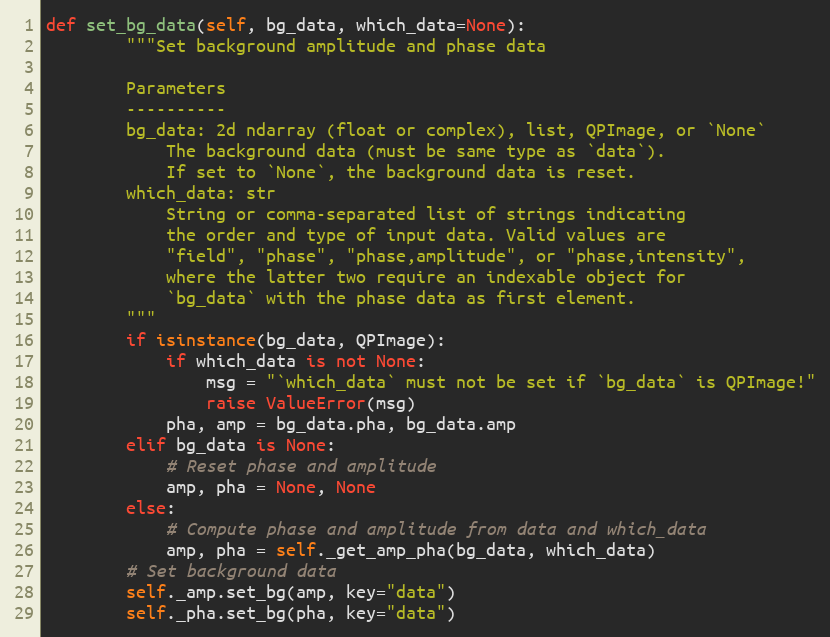
Language: Python
def set_bg_data(self, bg_data, which_data=None):
        """Set background amplitude and phase data

        Parameters
        ----------
        bg_data: 2d ndarray (float or complex), list, QPImage, or `None`
            The background data (must be same type as `data`).
            If set to `None`, the background data is reset.
        which_data: str
            String or comma-separated list of strings indicating
            the order and type of input data. Valid values are
            "field", "phase", "phase,amplitude", or "phase,intensity",
            where the latter two require an indexable object for
            `bg_data` with the phase data as first element.
        """
        if isinstance(bg_data, QPImage):
            if which_data is not None:
                msg = "`which_data` must not be set if `bg_data` is QPImage!"
                raise ValueError(msg)
            pha, amp = bg_data.pha, bg_data.amp
        elif bg_data is None:
            # Reset phase and amplitude
            amp, pha = None, None
        else:
            # Compute phase and amplitude from data and which_data
            amp, pha = self._get_amp_pha(bg_data, which_data)
        # Set background data
        self._amp.set_bg(amp, key="data")
        self._pha.set_bg(pha, key="data")